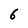
Character: 6